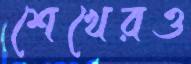
শেখেরও